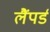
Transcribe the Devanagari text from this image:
लैंपर्ड